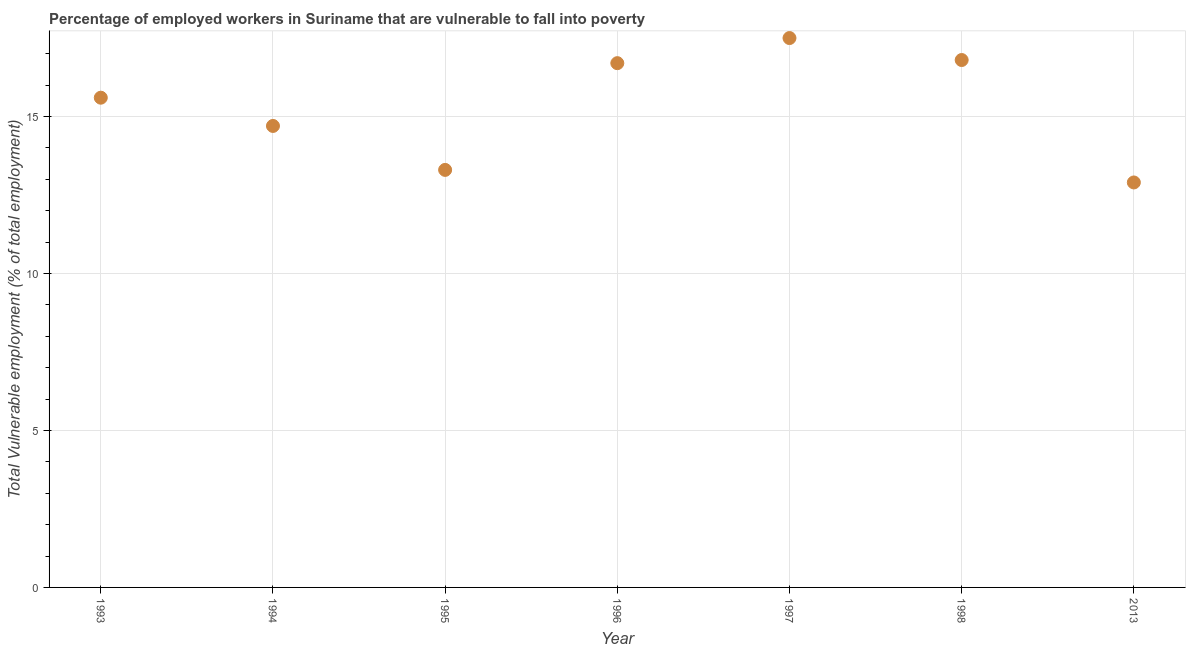
| Year | Vulnerable employment |
 | --- | --- |
 | 1993 | 15.6 |
 | 1994 | 14.7 |
 | 1995 | 13.3 |
 | 1996 | 16.7 |
 | 1997 | 17.5 |
 | 1998 | 16.8 |
 | 2013 | 12.9 |